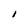
Character: I